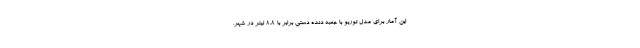
این آمار برای مدل توربو با جعبه دنده دستی برابر با 8.8 لیتر در شهر،